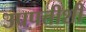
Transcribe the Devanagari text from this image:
उपपत्तीशी